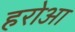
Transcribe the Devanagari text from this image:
हरोआ